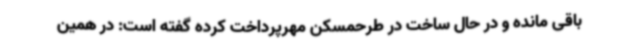
باقی مانده و در حال ساخت در طرحمسکن مهرپرداخت کرده گفته است: در همین